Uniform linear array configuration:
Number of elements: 8
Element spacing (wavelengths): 1
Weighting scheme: exponential
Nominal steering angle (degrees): -15
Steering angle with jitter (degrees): -16.534
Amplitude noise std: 0.05
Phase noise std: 0.05

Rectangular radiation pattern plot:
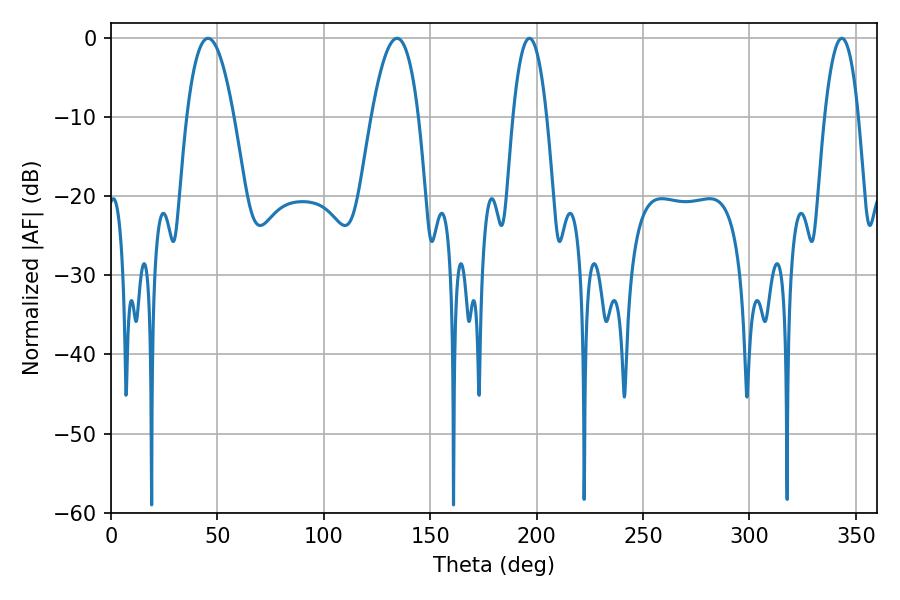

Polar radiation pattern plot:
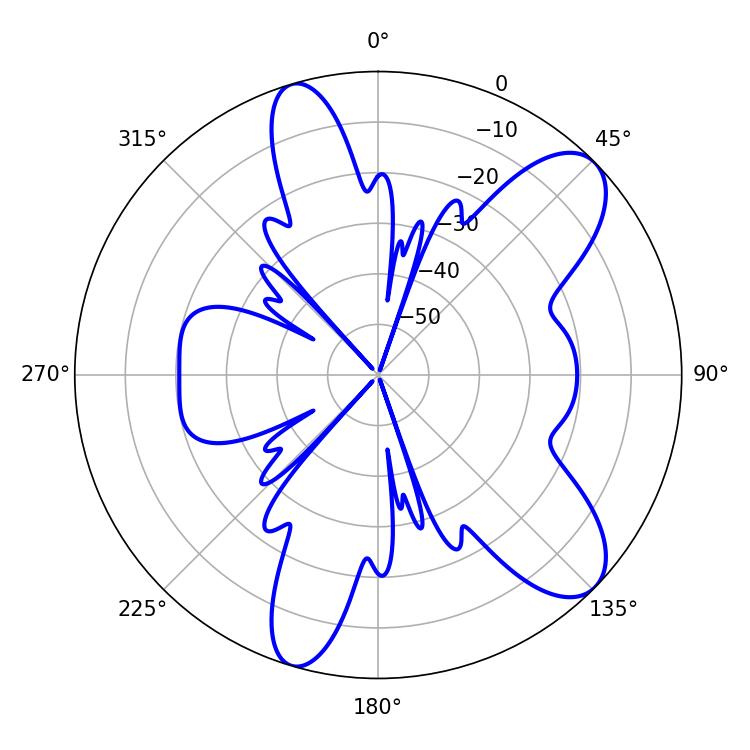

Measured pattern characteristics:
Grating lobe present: TRUE
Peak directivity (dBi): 9.328
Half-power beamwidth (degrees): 12.24
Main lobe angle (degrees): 45.54